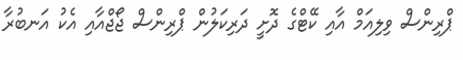
ޕްރިންސް ވިލިއަމް އާއި ކޭޓްގެ ދޮށީ ދަރިކަލުން ޕްރިންސް ޖޯޖްއާއި އެކު އަނބުރާ